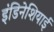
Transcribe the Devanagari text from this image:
इंडिनेशियाई